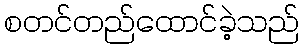
စတင်တည်ထောင်ခဲ့သည်